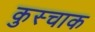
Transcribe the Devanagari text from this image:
कुस्चाक